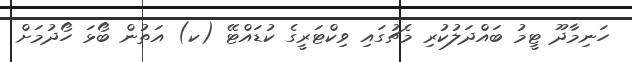
ހަނިމާދޫ ޓީމު ބައްދަލުކުރި މެޗުގައި ވިކްޓަރީގެ ކުޑައްޓޭ (ކ) އަތުން ބޯޅަ ހޯދުމަށް